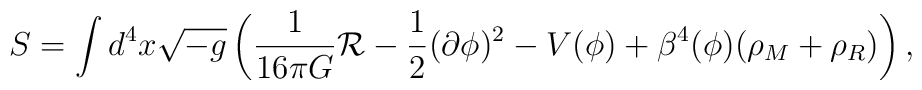
S=\int d^4x \sqrt{-g}\left(\frac{1}{16 \pi G}{\cal R}-\frac{1}{2}(\partial\phi)^2-V(\phi) + \beta^4(\phi)(\rho_M + \rho_R) \right),